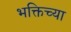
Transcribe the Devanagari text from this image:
भक्तिच्या